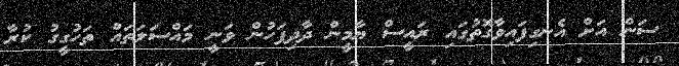
ސަން އަށް އެނގިފައިވާގޮތުގައި ރައީސް ޔާމީން ދާދިފަހުން ވަނީ މައްސަލަތައް ތަހުގީގު ކުރާ